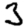
Digit: 3